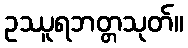
ဥဿူရဘတ္တသုတ်။